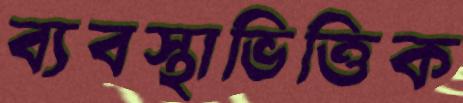
ব্যবস্থাভিত্তিক